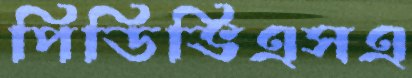
পিডিভিএসএ